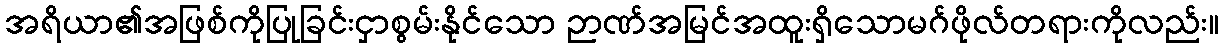
အရိယာ၏အဖြစ်ကိုပြုခြင်းငှာစွမ်းနိုင်သော ဉာဏ်အမြင်အထူးရှိသောမဂ်ဖိုလ်တရားကိုလည်း။